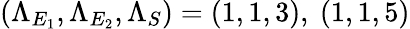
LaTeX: (\Lambda_{E_{1}},\Lambda_{E_{2}},\Lambda_{S})=(1,1,3),~(1,1,5)